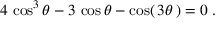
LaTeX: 4 \, \cos ^ { 3 } \theta - 3 \, \cos \theta - \cos ( \, 3 \theta \, ) = 0 \; .